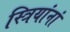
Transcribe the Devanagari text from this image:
स्त्रियांनां